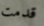
قدمت